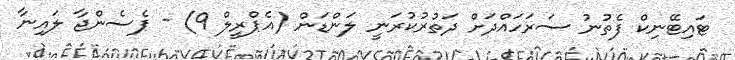
ޓައިޓޭނިކް ފެތުނު ސަރަހައްދަށް ދަތުރުކުރަނީ ލަންޑަން (އެޕްރީލް 9) - ޕެސެންޖާ ލައިނާ